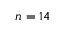
n = 1 4